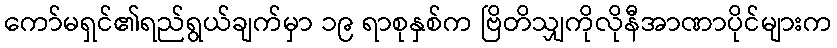
ကော်မရှင်၏ရည်ရွယ်ချက်မှာ ၁၉ ရာစုနှစ်က ဗြိတိသျှကိုလိုနီအာဏာပိုင်များက